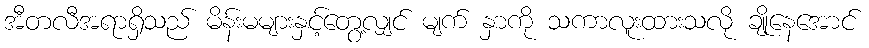
အီတလီအရာရှိသည် မိန်းမများနှင့်တွေ့လျှင် မျက် နှာကို သကာလူးထားသလို ချိုနေအောင်